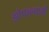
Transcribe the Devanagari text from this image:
झोपल्ल्याली